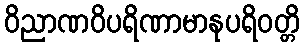
ဝိညာဏဝိပရိဏာမာနုပရိဝတ္တိ